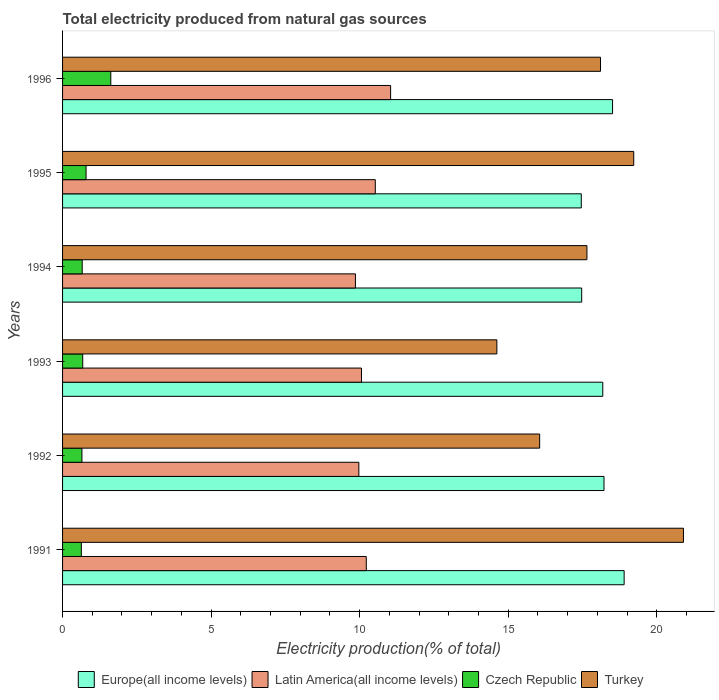
| Years | Europe(all income levels) | Latin America(all income levels) | Czech Republic | Turkey |
 | --- | --- | --- | --- | --- |
 | 1991 | 18.9 | 10.2 | 0.632 | 20.9 |
 | 1992 | 18.2 | 9.97 | 0.652 | 16.1 |
 | 1993 | 18.2 | 10.1 | 0.679 | 14.6 |
 | 1994 | 17.5 | 9.86 | 0.661 | 17.6 |
 | 1995 | 17.5 | 10.5 | 0.791 | 19.2 |
 | 1996 | 18.5 | 11 | 1.62 | 18.1 |